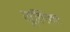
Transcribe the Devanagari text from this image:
यूलिना